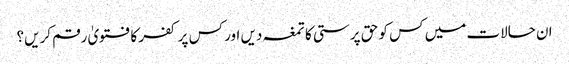
ان حالات میں کس کو حق پرستی کا تمغہ دیں اور کس پر کفر کا فتویٰ رقم کریں؟